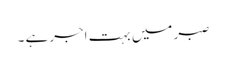
صبر میں بہت اجر ہے ۔